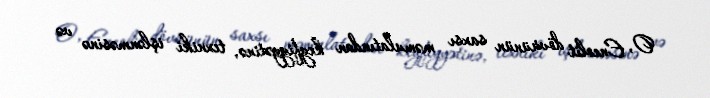
O, Eneolit dövrünün saxsı məmulatından keyfiyyətinə, texniki işlənməsinə və